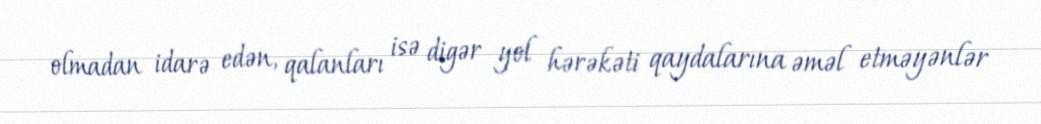
olmadan idarə edən, qalanları isə digər yol hərəkəti qaydalarına əməl etməyənlər